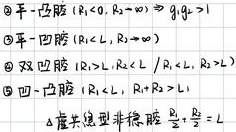
\textcircled{1} 平 - 凸腔 ($R_1 < 0, R_2 \to \infty$) $\Rightarrow g_1g_2 > 1$
\textcircled{2} 平 - 凹腔 ($R_1 < L, R_2 \to \infty$)
\textcircled{3} 双凹腔 ($R_1 > L, R_2 < L \ / \ R_1 < L, R_2 > L$)
\textcircled{4} 凹 - 凸腔 ($R_1 < L, R_2 + R_1 > L$)
\textcircled{5} 虚共焦型非稳腔 $\frac{R_1}{2}+\frac{R_2}{2}=L$